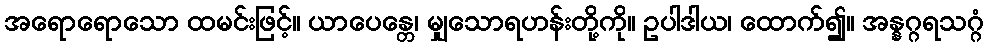
အရောရောသော ထမင်းဖြင့်။ ယာပေန္တေ၊ မျှသောရဟန်းတို့ကို။ ဥပါဒါယ၊ ထောက်၍။ အန္နဂ္ဂရသဂ္ဂံ